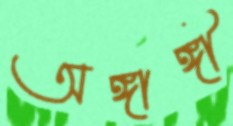
অঙ্গাঙ্গী